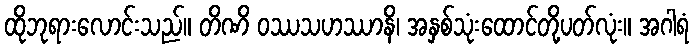
ထိုဘုရားလောင်းသည်။ တိဏိ ဝဿသဟဿာနိ၊ အနှစ်သုံးထောင်တို့ပတ်လုံး။ အဂါရံ